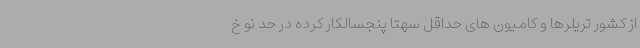
از کشور تریلرها و کامیون های حداقل سهتا پنجسالکار کرده در حد نو خ